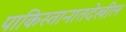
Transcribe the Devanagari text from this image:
पाकिस्तानातदेखील